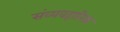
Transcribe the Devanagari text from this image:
संव्यवहारिक